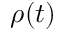
\rho ( t )